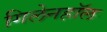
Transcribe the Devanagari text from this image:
गिलेनहाॅल